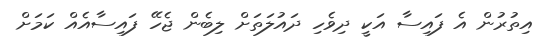
އިތުރުން އެ ފައިސާ އަކީ ދިވެހި ދައުލަތަށް ލިބެން ޖެހޭ ފައިސާއެއް ކަމަށް